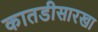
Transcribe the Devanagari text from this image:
कातडीसारखा